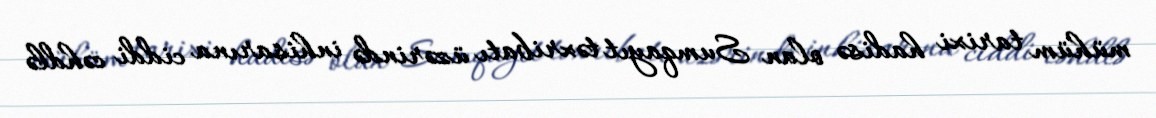
mühüm tarixi hadisə olan Sumqayıt təxribatı üzərində inhisarına ciddi cəhdlə